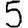
Digit: 5